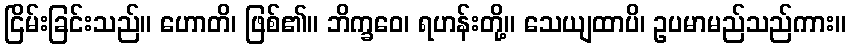
ငြိမ်းခြင်းသည်။ ဟောတိ၊ ဖြစ်၏။ ဘိက္ခဝေ၊ ရဟန်းတို့။ သေယျထာပိ၊ ဥပမာမည်သည်ကား။